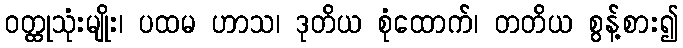
ဝတ္ထုသုံးမျိုး၊ ပထမ ဟာသ၊ ဒုတိယ စုံထောက်၊ တတိယ စွန့်စား၍